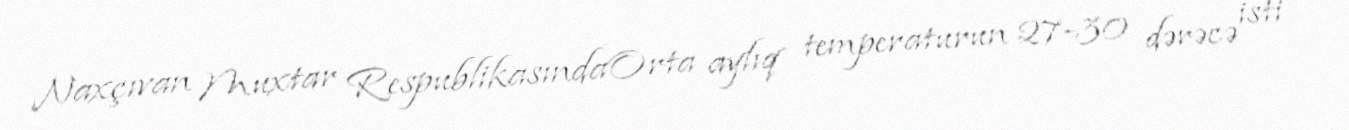
Naxçıvan Muxtar RespublikasındaOrta aylıq temperaturun 27-30 dərəcə isti